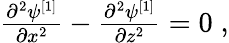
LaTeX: \begin{array}{r}{\frac{\partial^{2}\psi^{[1]}}{\partial x^{2}}-\frac{\partial^{2}\psi^{[1]}}{\partial z^{2}}=0\; ,}\end{array}